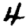
Digit: 4